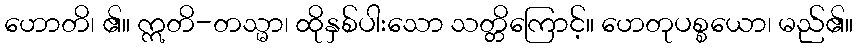
ဟောတိ၊ ၏။ ဣတိ-တသ္မာ၊ ထိုနှစ်ပါးသော သတ္တိကြောင့်။ ဟေတုပစ္စယော၊ မည်၏။